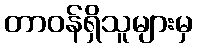
တာဝန်ရှိသူများမှ